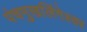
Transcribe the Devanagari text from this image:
पंचमुखलिंगेश्‍वर